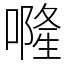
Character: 𠾐